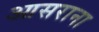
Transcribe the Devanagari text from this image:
आसराना